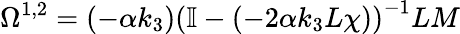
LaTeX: {\Omega}^{1,2}=(-\alpha k_{3})\left(\mathbb{I}-(-2\alpha k_{3}L\chi)\right)^{-1}LM